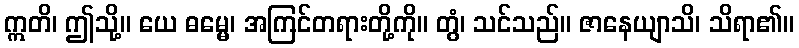
ဣတိ၊ ဤသို့။ ယေ ဓမ္မေ၊ အကြင်တရားတို့ကို။ တွံ၊ သင်သည်။ ဇာနေယျာသိ၊ သိရာ၏။